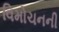
વિમોચનની